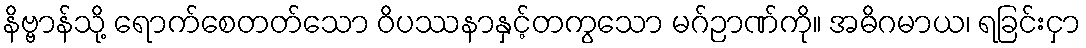
နိဗ္ဗာန်သို့ ရောက်စေတတ်သော ဝိပဿနာနှင့်တကွသော မဂ်ဉာဏ်ကို။ အဓိဂမာယ၊ ရခြင်းငှာ